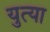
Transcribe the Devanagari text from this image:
युत्या